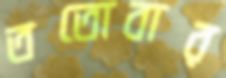
ততোবার